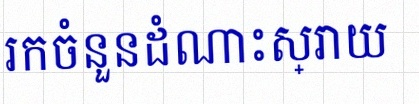
រកចំនួនដំណោះស្រាយ